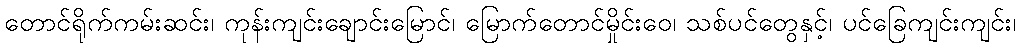
တောင်ရိုက်ကမ်းဆင်း၊ ကုန်းကျင်းချောင်းမြောင်၊ မြောက်တောင်မှိုင်းဝေ၊ သစ်ပင်တွေနှင့်၊ ပင်ခြေကျင်းကျင်း၊